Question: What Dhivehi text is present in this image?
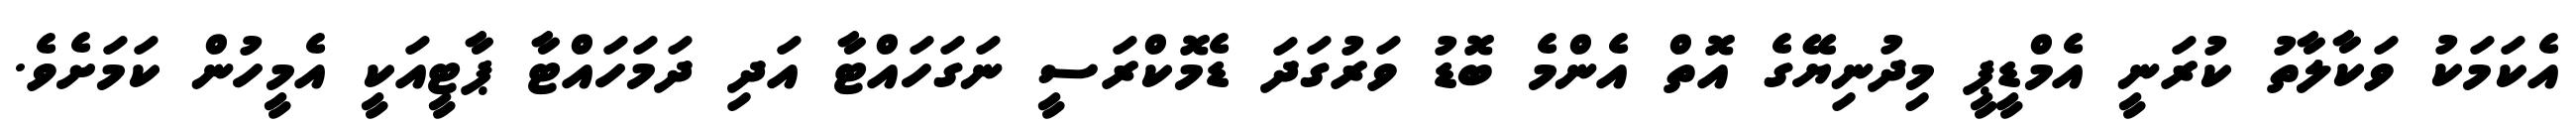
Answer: އެކަމަކު ވަކާލާތު ކުރަނީ އެމްޑީޕީ މިދުނިޔޭގެ އޮތް އެންމެ ބޮޑު ވަރުގަދަ ޑެމޮކްރަސީ ނަގަހައްޓާ އަދި ދަމަހައްޓާ ޕާޓީއަކީ އެމީހުން ކަމަށެވެ.